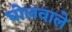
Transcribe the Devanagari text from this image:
घोलवाले